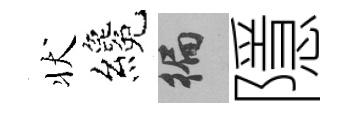
状纔徧隱